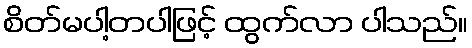
စိတ်မပါ့တပါဖြင့် ထွက်လာ ပါသည်။